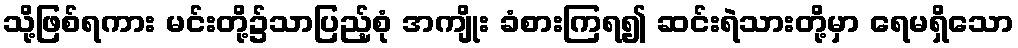
သို့ဖြစ်ရကား မင်းတို့၌သာပြည့်စုံ အကျိုး ခံစားကြရ၍ ဆင်းရဲသားတို့မှာ ရေမရှိသော